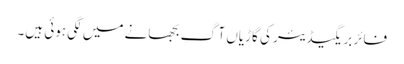
فائر بریگیڈیئر کی گاڑیاں آگ بجھانے میں لگی ہوئی ہیں۔